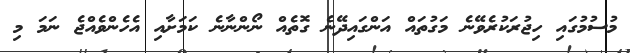
މުސުމުގައި ހިޖުރަކުރެވޭނެ މަގުތައް އަންގައިދޭނެ ގޮތެއް ނޯންނާނެ ކަމަށާއި އެހެންވެއްޖެ ނަމަ މި